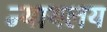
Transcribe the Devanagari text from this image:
न्‍यायलय